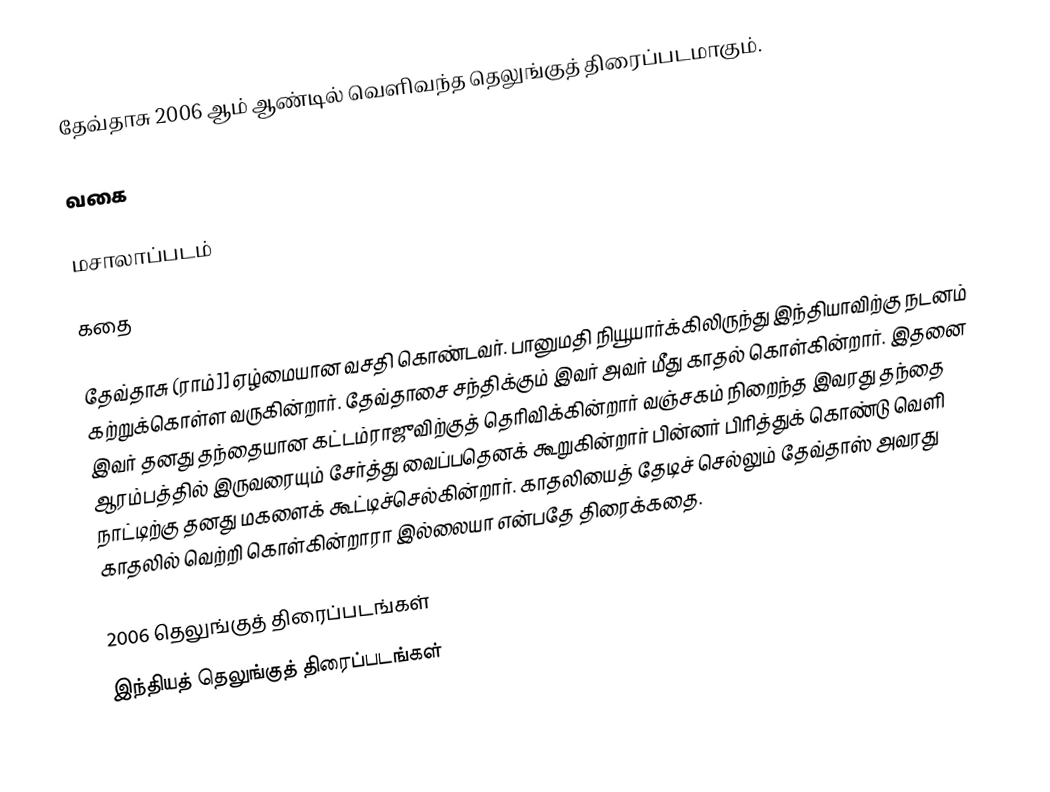
தேவ்தாசு 2006 ஆம் ஆண்டில் வெளிவந்த தெலுங்குத் திரைப்படமாகும்.

வகை

மசாலாப்படம்

கதை

தேவ்தாசு (ராம்]] ஏழ்மையான வசதி கொண்டவர். பானுமதி நியூயார்க்கிலிருந்து இந்தியாவிற்கு நடனம் கற்றுக்கொள்ள வருகின்றார். தேவ்தாசை சந்திக்கும் இவர் அவர் மீது காதல் கொள்கின்றார். இதனை இவர் தனது தந்தையான கட்டம்ராஜுவிற்குத் தெரிவிக்கின்றார் வஞ்சகம் நிறைந்த இவரது தந்தை ஆரம்பத்தில் இருவரையும் சேர்த்து வைப்பதெனக் கூறுகின்றார் பின்னர் பிரித்துக் கொண்டு வெளி நாட்டிற்கு தனது மகளைக் கூட்டிச்செல்கின்றார். காதலியைத் தேடிச் செல்லும் தேவ்தாஸ் அவரது காதலில் வெற்றி கொள்கின்றாரா இல்லையா என்பதே திரைக்கதை.

2006 தெலுங்குத் திரைப்படங்கள்
இந்தியத் தெலுங்குத் திரைப்படங்கள்